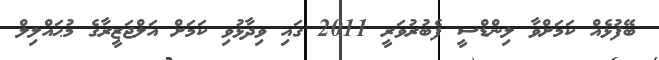
ބޭފުޅެއް ކަމަށްވާ ލިންޑްސީ ފެބުރުވަރީ 2011 ގައި ވިދާޅުވި ކަމަށް އަލްޖަޒީރާގެ މުޙައްލިލް